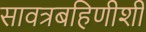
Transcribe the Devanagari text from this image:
सावत्रबहिणीशी